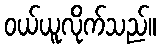
ဝယ်ယူလိုက်သည်။